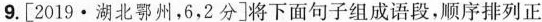
9.[2019\cdot湖北鄂州，6，2分]将下面句子组成语段，顺序排列正